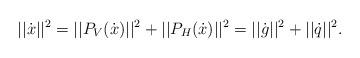
LaTeX: \begin{align*}|| \dot{x} ||^2= || P_V (\dot{x}) ||^2 + || P_H (\dot{x}) ||^2= || \dot{g} ||^2 + || \dot{q} ||^2.\end{align*}